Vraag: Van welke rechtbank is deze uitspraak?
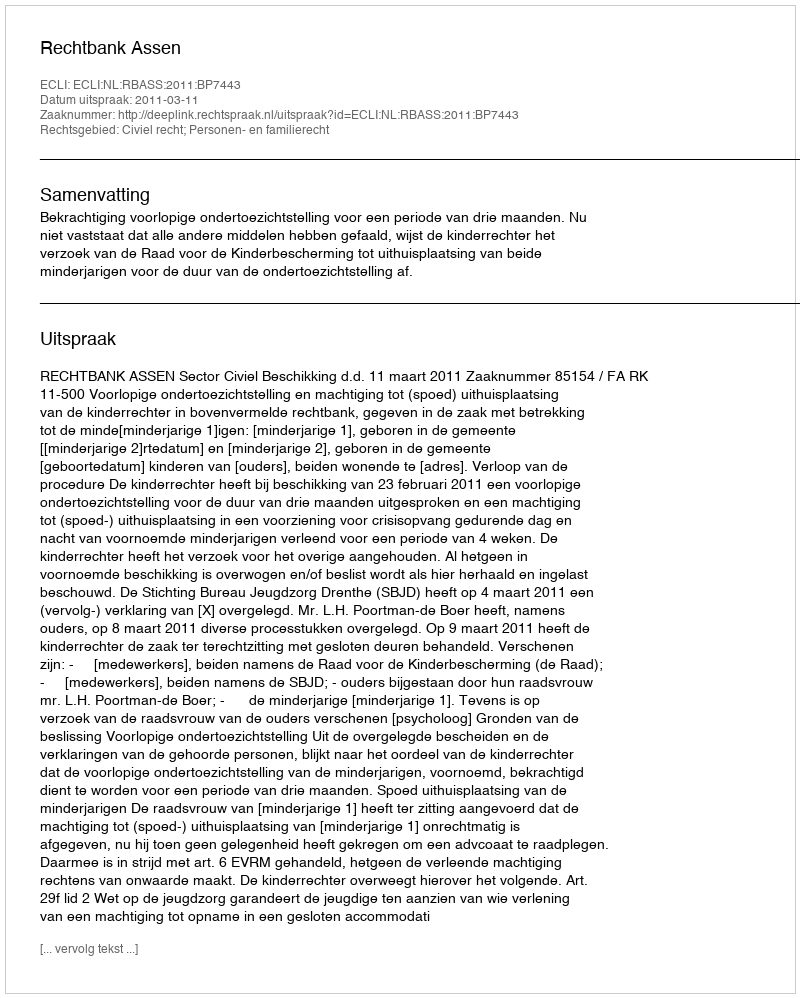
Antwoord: Rechtbank Assen